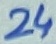
Text: 24